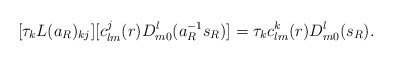
\begin{align*}[\tau_k L(a_R)_{kj}][c^j_{lm}(r)D^l_{m0}(a^{-1}_R s_R)]=\tau_kc^k_{lm}(r)D^l_{m0}(s_R).\end{align*}